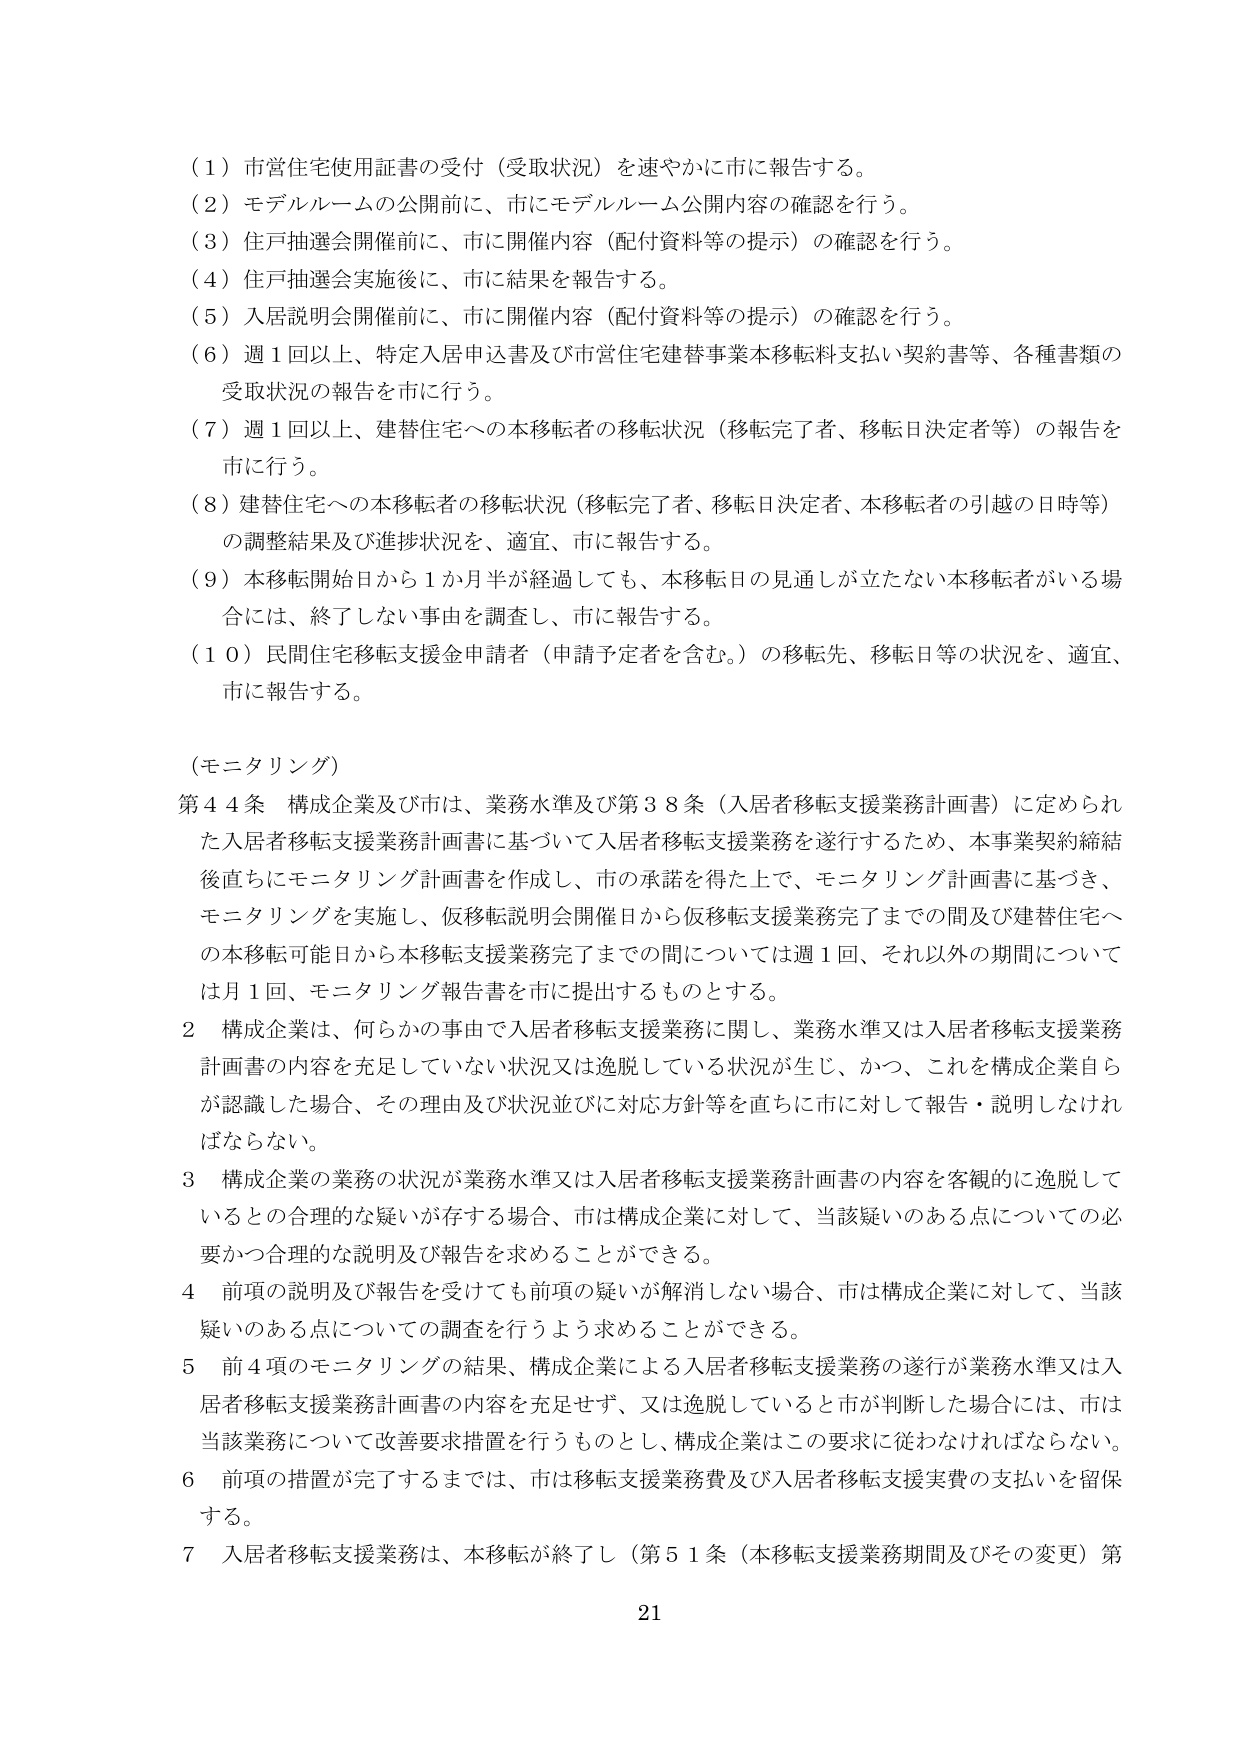
（１）市営住宅使用証書の受付（受取状況）を速やかに市に報告する。
（２）モデルルームの公開前に、市にモデルルーム公開内容の確認を行う。
（３）住戸抽選会開催前に、市に開催内容（配付資料等の提示）の確認を行う。
（４）住戸抽選会実施後に、市に結果を報告する。
（５）入居説明会開催前に、市に開催内容（配付資料等の提示）の確認を行う。
（６）週１回以上、特定入居申込書及び市営住宅建替事業本移転料支払い契約書等、各種書類の受取状況の報告を市に行う。
（７）週１回以上、建替住宅への本移転者の移転状況（移転完了者、移転日決定者等）の報告を市に行う。
（８）建替住宅への本移転者の移転状況（移転完了者、移転日決定者、本移転者の引越の日時等）の調整結果及び進捗状況を、適宜、市に報告する。
（９）本移転開始日から１か月半が経過しても、本移転日の見通しが立たない本移転者がいる場合には、終了しない事由を調査し、市に報告する。
（１０）民間住宅移転支援金申請者（申請予定者を含む。）の移転先、移転日等の状況を、適宜、市に報告する。

（モニタリング）
第４４条 構成企業及び市は、業務水準及び第３８条（入居者移転支援業務計画書）に定められた入居者移転支援業務計画書に基づいて入居者移転支援業務を遂行するため、本事業契約締結後直ちにモニタリング計画書を作成し、市の承諾を得た上で、モニタリング計画書に基づき、モニタリングを実施し、仮移転説明会開催日から仮移転支援業務完了までの間及び建替住宅への本移転可能日から本移転支援業務完了までの間については週１回、それ以外の期間については月１回、モニタリング報告書を市に提出するものとする。

２ 構成企業は、何らかの事由で入居者移転支援業務に関し、業務水準又は入居者移転支援業務計画書の内容を充足していない状況又は逸脱している状況が生じ、かつ、これを構成企業自らが認識した場合、その理由及び状況並びに対応方針等を直ちに市に対して報告・説明しなければならない。

３ 構成企業の業務の状況が業務水準又は入居者移転支援業務計画書の内容を客観的に逸脱しているとの合理的な疑いが存する場合、市は構成企業に対して、当該疑いのある点についての必要かつ合理的な説明及び報告を求めることができる。

４ 前項の説明及び報告を受けても前項の疑いが解消しない場合、市は構成企業に対して、当該疑いのある点についての調査を行うよう求めることができる。

５ 前４項のモニタリングの結果、構成企業による入居者移転支援業務の遂行が業務水準又は入居者移転支援業務計画書の内容を充足せず、又は逸脱していると市が判断した場合には、市は当該業務について改善要求措置を行うものとし、構成企業はこの要求に従わなければならない。

６ 前項の措置が完了するまでは、市は移転支援業務費及び入居者移転支援実費の支払いを留保する。

７ 入居者移転支援業務は、本移転が終了し（第５１条（本移転支援業務期間及びその変更）第

21